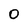
Character: 0